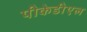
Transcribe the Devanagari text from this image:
पीकेडीएल